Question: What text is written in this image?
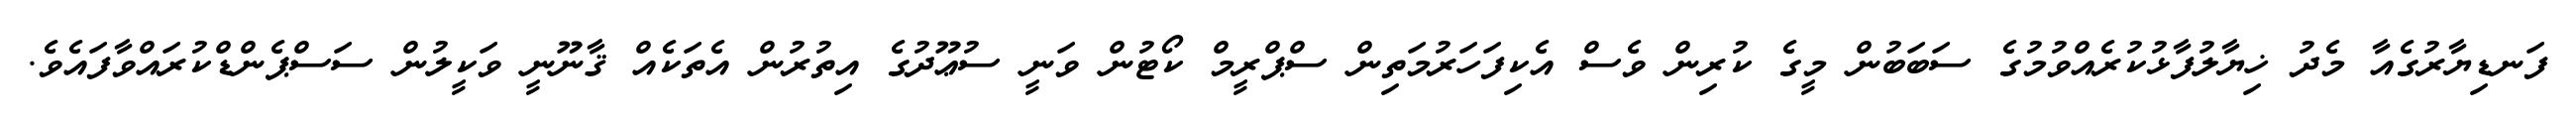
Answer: ފަނޑިޔާރުގެއާ މެދު ޚިޔާލުފާޅުކުރެއްވުމުގެ ސަބަބުން މީގެ ކުރިން ވެސް އެކިފަހަރުމަތިން ސްޕްރީމް ކޯޓުން ވަނީ ސުޢޫދުގެ އިތުރުން އެތަކެއް ޤާނޫނީ ވަކީލުން ސަސްޕެންޑްކުރައްވާފައެވެ.